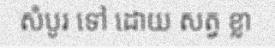
សំបូរ ទៅ ដោយ សត្វ ខ្លា